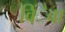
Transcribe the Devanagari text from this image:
विंैवा